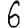
Digit: 6